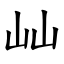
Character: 屾